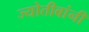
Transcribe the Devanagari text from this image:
ज्योतीबांनी